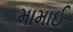
મામાઈ